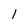
Character: 1